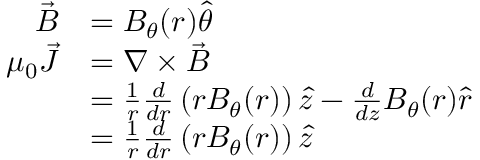
{ \begin{array} { r l } { { \vec { B } } } & { = B _ { \theta } ( r ) { \hat { \theta } } } \\ { \mu _ { 0 } { \vec { J } } } & { = \nabla \times { \vec { B } } } \\ & { = { \frac { 1 } { r } } { \frac { d } { d r } } \left( r B _ { \theta } ( r ) \right) { \hat { z } } - { \frac { d } { d z } } B _ { \theta } ( r ) { \hat { r } } } \\ & { = { \frac { 1 } { r } } { \frac { d } { d r } } \left( r B _ { \theta } ( r ) \right) { \hat { z } } } \end{array} }